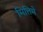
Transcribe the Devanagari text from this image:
मित्तिमे